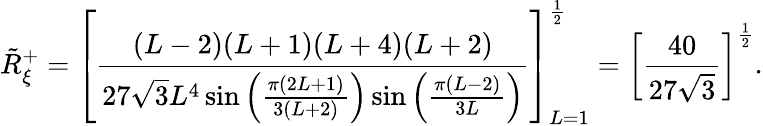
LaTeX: \tilde{R}_{\xi}^{+}=\left[\frac{(L-2)(L+1)(L+4)(L+2)}{27\sqrt{3}L^{4}\sin\left(\frac{\pi(2L+1)}{3(L+2)}\right)\sin\left(\frac{\pi(L-2)}{3L}\right)}\right]_{L=1}^{\frac{1}{2}}=\left[\frac{40}{27\sqrt{3}}\right]^{\frac{1}{2}}.